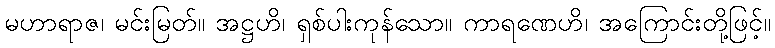
မဟာရာဇ၊ မင်းမြတ်။ အဋ္ဌဟိ၊ ရှစ်ပါးကုန်သော။ ကာရဏေဟိ၊ အကြောင်းတို့ဖြင့်။